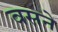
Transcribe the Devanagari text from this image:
वसने